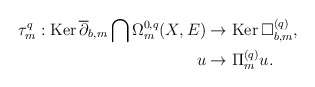
\begin{align*}\tau^q_m:\mathrm{Ker\,}\overline\partial_{b,m}\bigcap\Omega^{0,q}_m(X,E)&\rightarrow\mathrm{Ker\,}\Box^{(q)}_{b,m}, \\u&\rightarrow\Pi^{(q)}_mu.\end{align*}